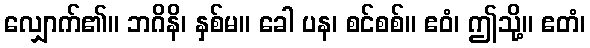
လျှောက်၏။ ဘဂိနိ၊ နှစ်မ။ ခေါ ပန၊ စင်စစ်။ ဧဝံ၊ ဤသို့။ ဧတံ၊